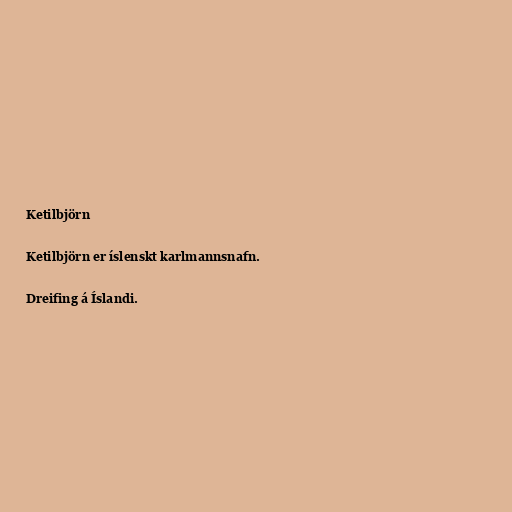
Ketilbjörn

Ketilbjörn er íslenskt karlmannsnafn.

Dreifing á Íslandi.